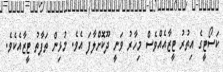
ކަސޯޓީގެ އިތުރު ޓީޒާއެއްވެސް މިހާރު ވަނީ ދޫކޮށްލާފަ އެވެ. މުޅިން ތަފާތު ޓީޒާއެކެވެ.